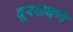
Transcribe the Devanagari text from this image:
दूरश्रवण